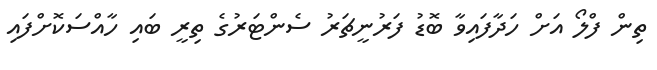
ތިން ފްލޯ އަށް ހަދާފައިވާ ބޮޑު ފަރުނީޗަރު ސެންޓަރުގެ ތިރީ ބައި ހާއްސަކޮށްފައި